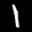
Label: 1